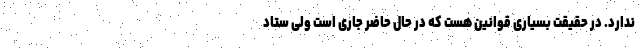
ندارد. در حقیقت بسیاری قوانین هست که در حال حاضر جاری است ولی ستاد